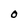
Character: O